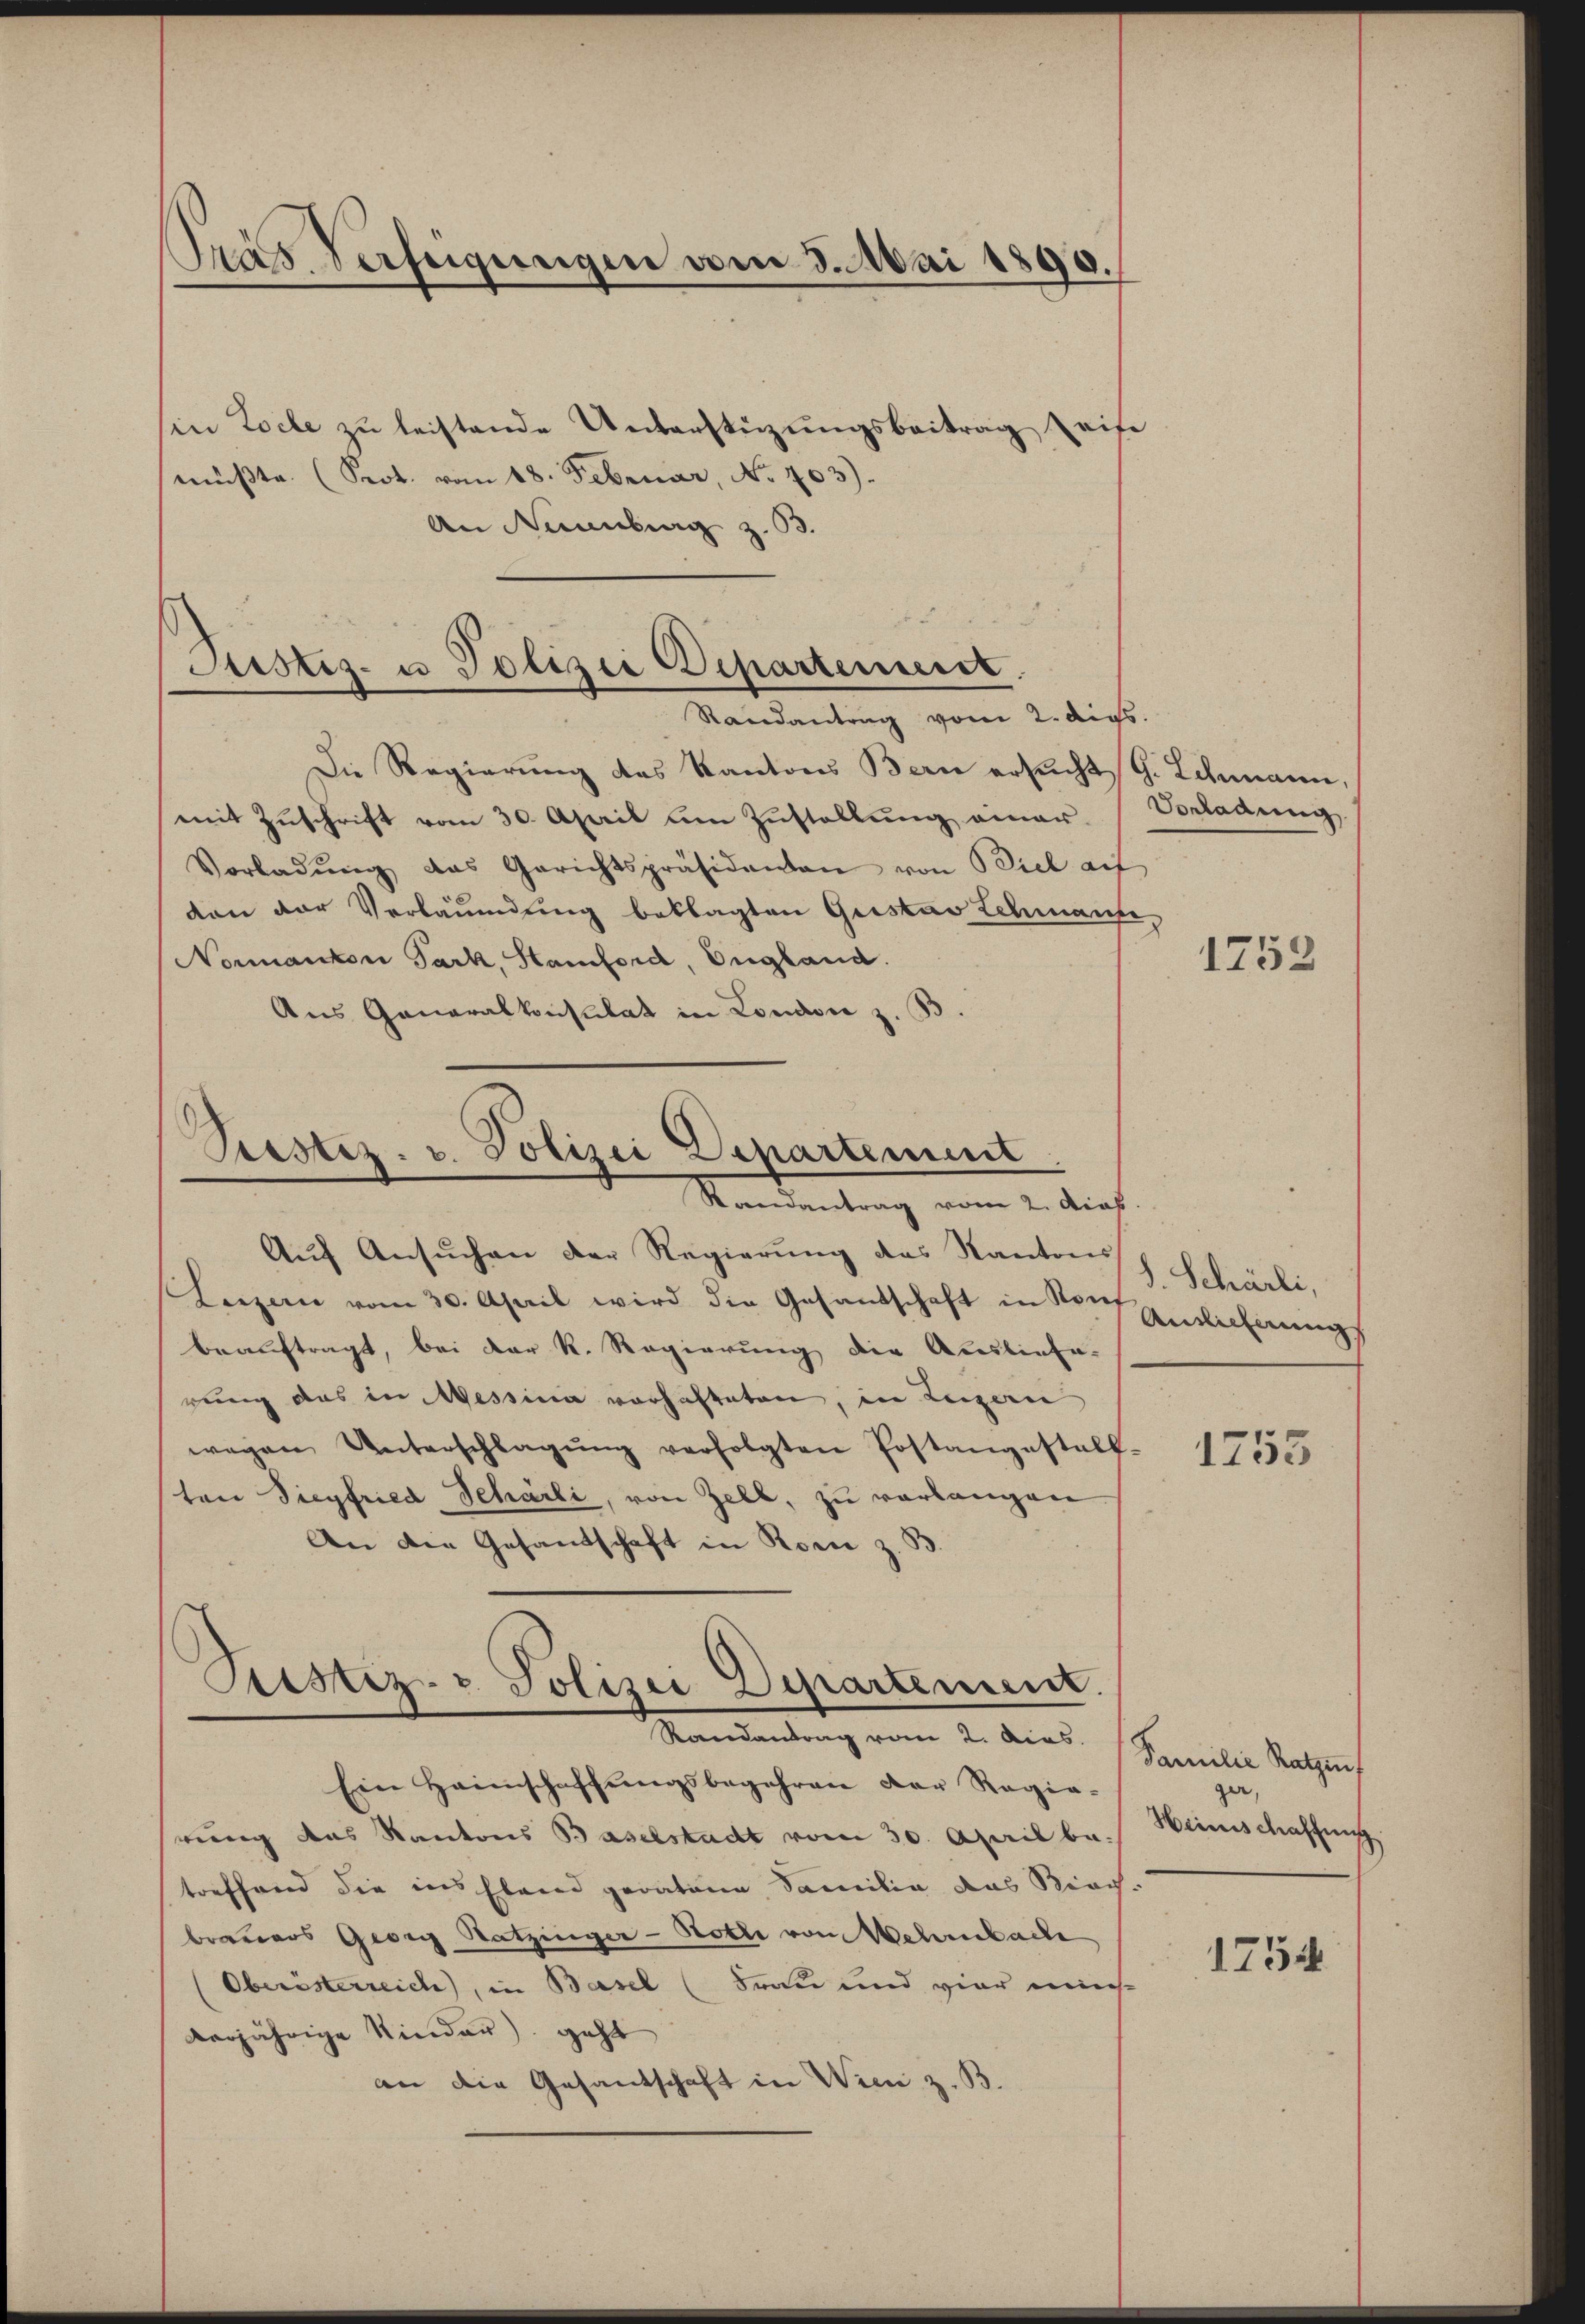
Tras Verfeigungen vom 3. Mai 1890.

sin Loche zu leistende Unterstüzungsbeitrag eife
müβte. (Seot. vom 18. Februar, No. 703).
An Nürnberg z. B.

Justiz- u Polizei Departement.
Randantrag vom 2. ds.

Aŭf Ansŭchen der Regierŭng das Kantons
Lezzen vom 30. April wird die Gesantschaft in von Einlicherungs
beauftragt, bei der R. Regierung die Ausliefe-
rung das in Messina vorhafteten, in Luzern
wegen Unterschlagŭng verfolgten Postangestall-
ten Siegfried Schärli, von Zell, zu verlangen
An die Gesandschaft in Korn z. B.

Ein Heimschaffŭngsbegehren der Regie-
rung das Kantons Baselstadt vom 30. April be. Weinschaffung
treffend die ins Elend geratene Familie das Rich-
brauers Georg Satzinger - Hotti von Wehrnbache
(Oberösterreich, in Basel (Frau und vier mich
verjährige Kinder), geht
an die Gesandschaft in Wien z. B.

Die Regierung des Kantons Bern ersucht, G. Lehmann,
mit Zuschrift vom 30. April um Zustellung einer Vorladung,
Vorladŭng das Gerichtspräsidenten von Biel auf
von der Verläumdung beklagten Gustav Schmaufe,
Normanton Park, Stamford, England.
Aus Generalkonsulat in London z. B

Prestez. v. Polizei Departement
Mandantung vom 2. Auch

Prestiz- & Polizei Departement.
Standentrag vom 2. Das Familie Rathe

1752

S. Schärli,

1755

ger,

1754